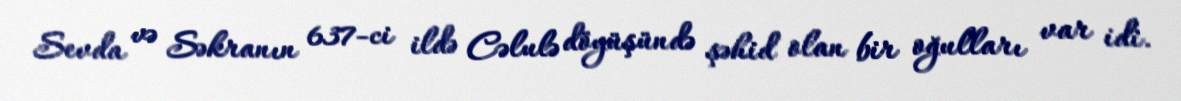
Sevda və Səkranın 637-ci ildə Cəlulə döyüşündə şəhid olan bir oğulları var idi.